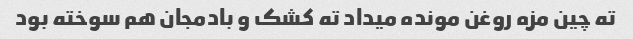
ته چین مزه روغن مونده میداد ته کشک و بادمجان هم سوخته بود